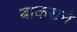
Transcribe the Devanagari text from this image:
बाकराचे